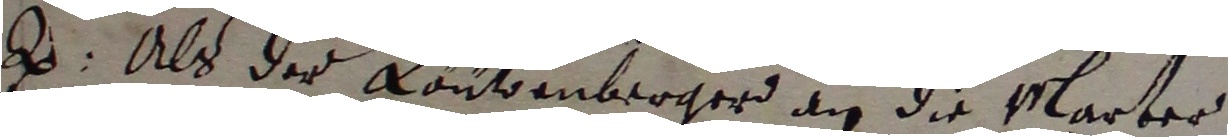
. Als der Löützenbergerd an die marter